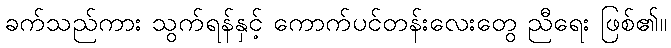
ခက်သည်ကား သွက်ရန်နှင့် ကောက်ပင်တန်းလေးတွေ ညီရေး ဖြစ်၏။